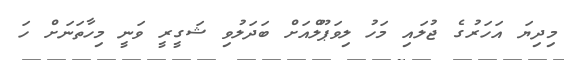
މިދިޔަ އަހަރުގެ ޖުލައި މަހު ލިވަޕޫލްއަށް ބަދަލުވި ޝަގީރީ ވަނީ މިހާތަނަށް ހަ